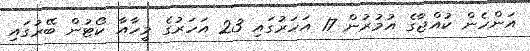
އަންހެން ކުއްޖާގެ އުމުރުން 17 އަހަރުގައި 23 އަހަރުގެ މީހާއާ ކޯޓުން ބޭރުގައި